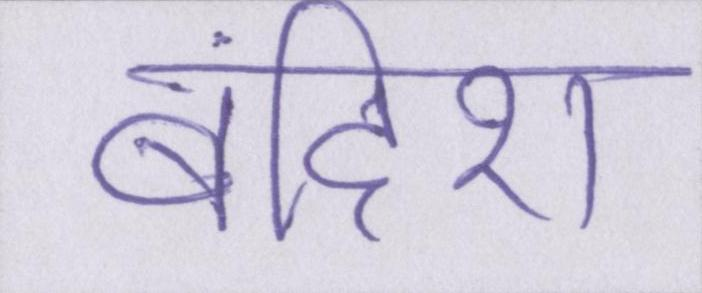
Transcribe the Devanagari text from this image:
बंदिश